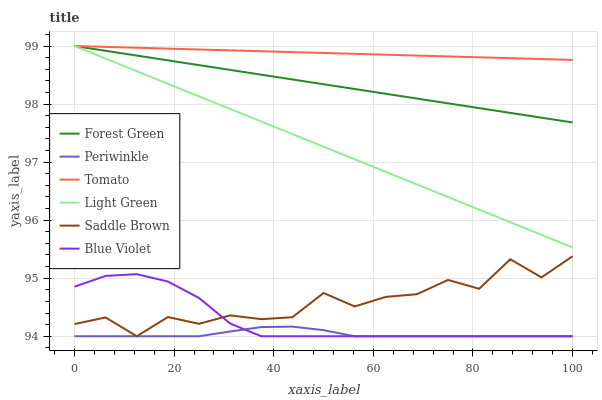
| xaxis_label | Forest Green | Periwinkle | Tomato | Light Green | Saddle Brown | Blue Violet |
 | --- | --- | --- | --- | --- | --- | --- |
 | 0 | 99 | 94 | 99 | 99 | 94.2 | 94.9 |
 | 6.25 | 98.9 | 94 | 99 | 98.8 | 94.3 | 95 |
 | 12.5 | 98.8 | 94 | 99 | 98.6 | 94 | 95.1 |
 | 18.8 | 98.8 | 94 | 99 | 98.3 | 94.3 | 94.9 |
 | 25 | 98.7 | 94 | 98.9 | 98.1 | 94.2 | 94.7 |
 | 31.2 | 98.6 | 94.1 | 98.9 | 97.9 | 94.4 | 94.2 |
 | 37.5 | 98.5 | 94.2 | 98.9 | 97.7 | 94.3 | 94 |
 | 43.8 | 98.4 | 94.2 | 98.9 | 97.5 | 94.3 | 94 |
 | 50 | 98.3 | 94.1 | 98.9 | 97.3 | 94.7 | 94 |
 | 56.2 | 98.3 | 94 | 98.9 | 97 | 94.5 | 94 |
 | 62.5 | 98.2 | 94 | 98.9 | 96.8 | 94.7 | 94 |
 | 68.8 | 98.1 | 94 | 98.8 | 96.6 | 94.7 | 94 |
 | 75 | 98 | 94 | 98.8 | 96.4 | 95 | 94 |
 | 81.2 | 97.9 | 94 | 98.8 | 96.2 | 94.8 | 94 |
 | 87.5 | 97.8 | 94 | 98.8 | 96 | 95.3 | 94 |
 | 93.8 | 97.8 | 94 | 98.8 | 95.7 | 95 | 94 |
 | 100 | 97.7 | 94 | 98.8 | 95.5 | 95.4 | 94 |